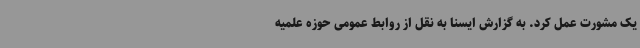
یک مشورت عمل کرد. به گزارش ایسنا به نقل از روابط عمومی حوزه علمیه